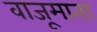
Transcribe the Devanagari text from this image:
वाजूमाता